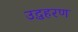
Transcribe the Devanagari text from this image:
उद्धहरण